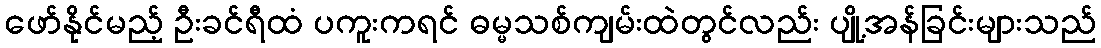
ဖော်နိုင်မည့် ဦးခင်ရီထံ ပကူးကရင် ဓမ္မသစ်ကျမ်းထဲတွင်လည်း ပျို့အန်ခြင်းများသည်